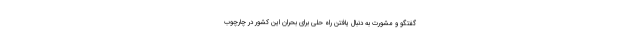
گفتگو و مشورت به دنبال یافتن راه حلی برای بحران این کشور در چارچوب